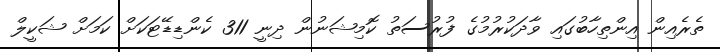
ތެރެއިން އިންތިހާބުގައި ވާދަކުރުމުގެ ފުރުސަތު ކޮމިޝަނުން ދިނީ 311 ކެންޑިޑޭޓަކަށް ކަމަށް ޝަކީލް